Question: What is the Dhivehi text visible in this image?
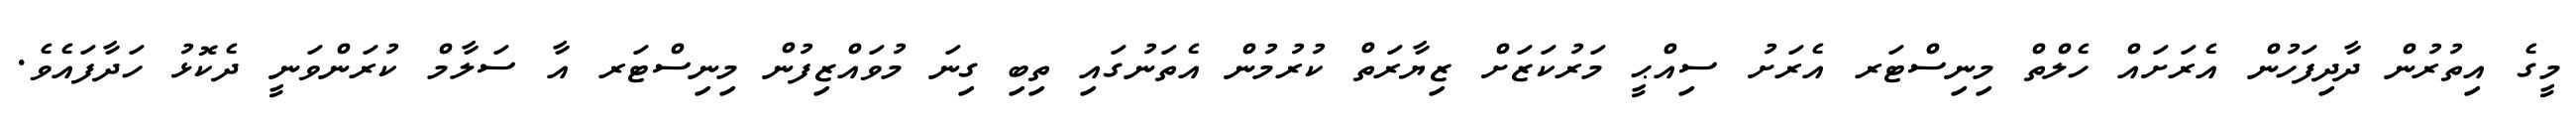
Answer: މީގެ އިތުރުން ދާދިފަހުން އެރަށައް ހެލްތް މިނިސްޓަރ އެރަށު ސިއްޙީ މަރުކަޒަށް ޒިޔާރަތް ކުރުމުން އެތަނުގައި ތިބި ގިނަ މުވައްޒިފުން މިނިސްޓަރ އާ ސަލާމް ކުރަންވަނީ ދެކޮޅު ހަދާފައެވެ.